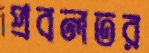
প্রবলতর